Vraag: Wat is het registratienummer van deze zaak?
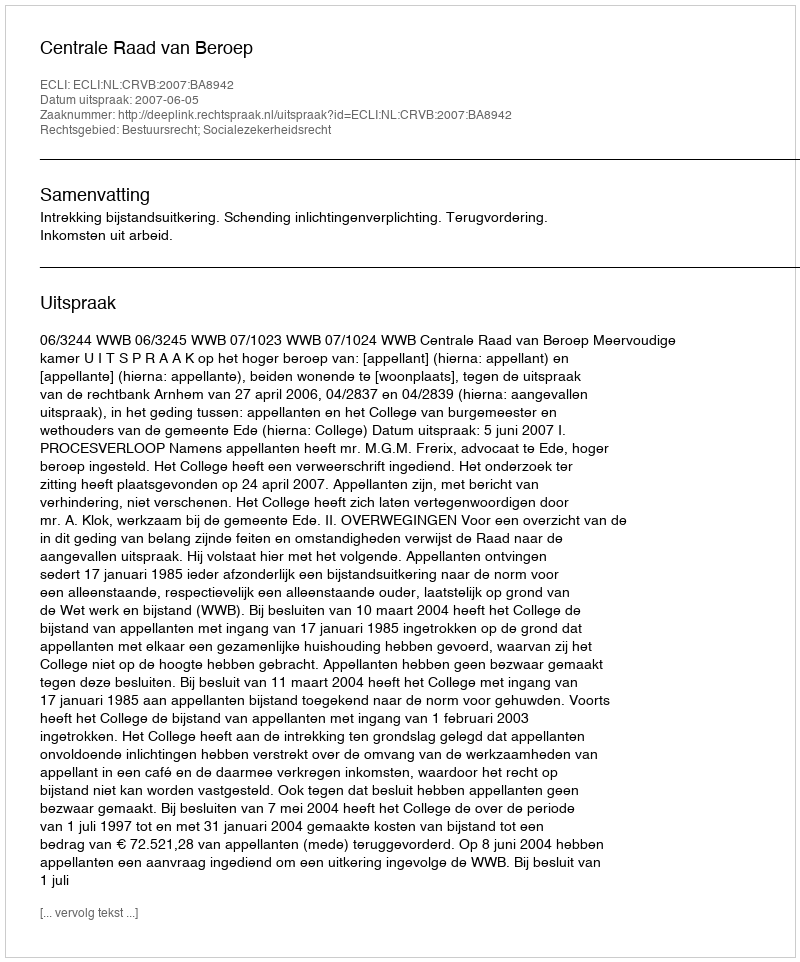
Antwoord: http://deeplink.rechtspraak.nl/uitspraak?id=ECLI:NL:CRVB:2007:BA8942